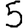
Digit: 5